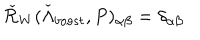
\check { \cal R } _ { W } ( \check { \Lambda } _ { b o o s t } , P ) _ { \alpha \beta } = \delta _ { \alpha \beta }